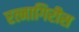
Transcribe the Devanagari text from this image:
रत्नागिरीस